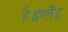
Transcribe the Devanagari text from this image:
है।इंग्लैंड